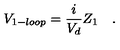
V _ { 1 - l o o p } = \frac { i } { V _ { d } } Z _ { 1 } \quad .